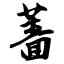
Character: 蔷